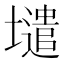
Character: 𡒌